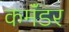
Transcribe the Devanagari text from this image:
कमॅंडर